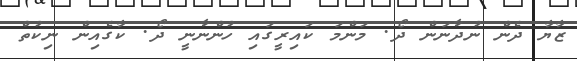
ޒާޔާ ދެން ނުދާނަން ދޯ. މަންމަ ކައިރީގައި ހުންނާނީ ދޯ. ކާގެއިން ނިކުތް